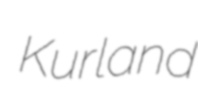
Kurland